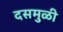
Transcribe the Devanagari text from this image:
दसमुळी